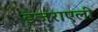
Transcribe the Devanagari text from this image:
इजराएली